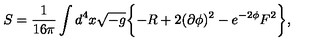
S = \frac { 1 } { 1 6 \pi } \int d ^ { 4 } x \sqrt { - g } \biggl \{ - R + 2 ( \partial \phi ) ^ { 2 } - e ^ { - 2 \phi } F ^ { 2 } \biggr \} ,